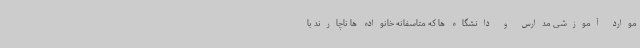
موارد آموزشی مدارس و دانشگاه ها که متاسفانه خانواده ها ناچارند با